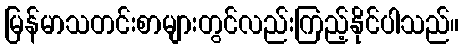
မြန်မာသတင်းစာများတွင်လည်းကြည့်နိုင်ပါသည်။